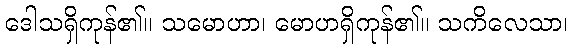
ဒေါသရှိကုန်၏။ သမောဟာ၊ မောဟရှိကုန်၏။ သကိလေသာ၊